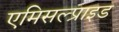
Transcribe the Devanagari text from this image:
एमिसल्प्राइड